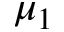
\mu _ { 1 }